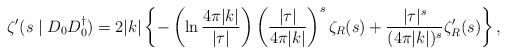
\begin{align*}\zeta '(s\mid D_0D_0^{\dagger})=2|k|\left\{-\left(\ln\frac {4\pi|k|}{|\tau|}\right)\left(\frac{|\tau|}{4\pi|k|}\right)^s \zeta _R(s)+\frac {|\tau|^s}{(4\pi|k|)^s}\zeta'_R(s) \right\},\end{align*}